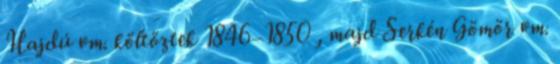
Hajdú vm. költöztek 1846–1850 , majd Serkén Gömör vm.